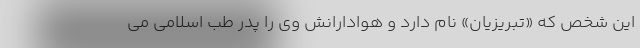
این شخص که «تبریزیان» نام دارد و هوادارانش وی را پدر طب اسلامی می